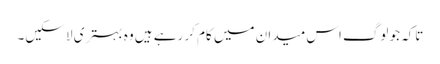
تاکہ جو لوگ اس میدان میں کام کر رہے ہیں وہ بہتری لا سکیں۔